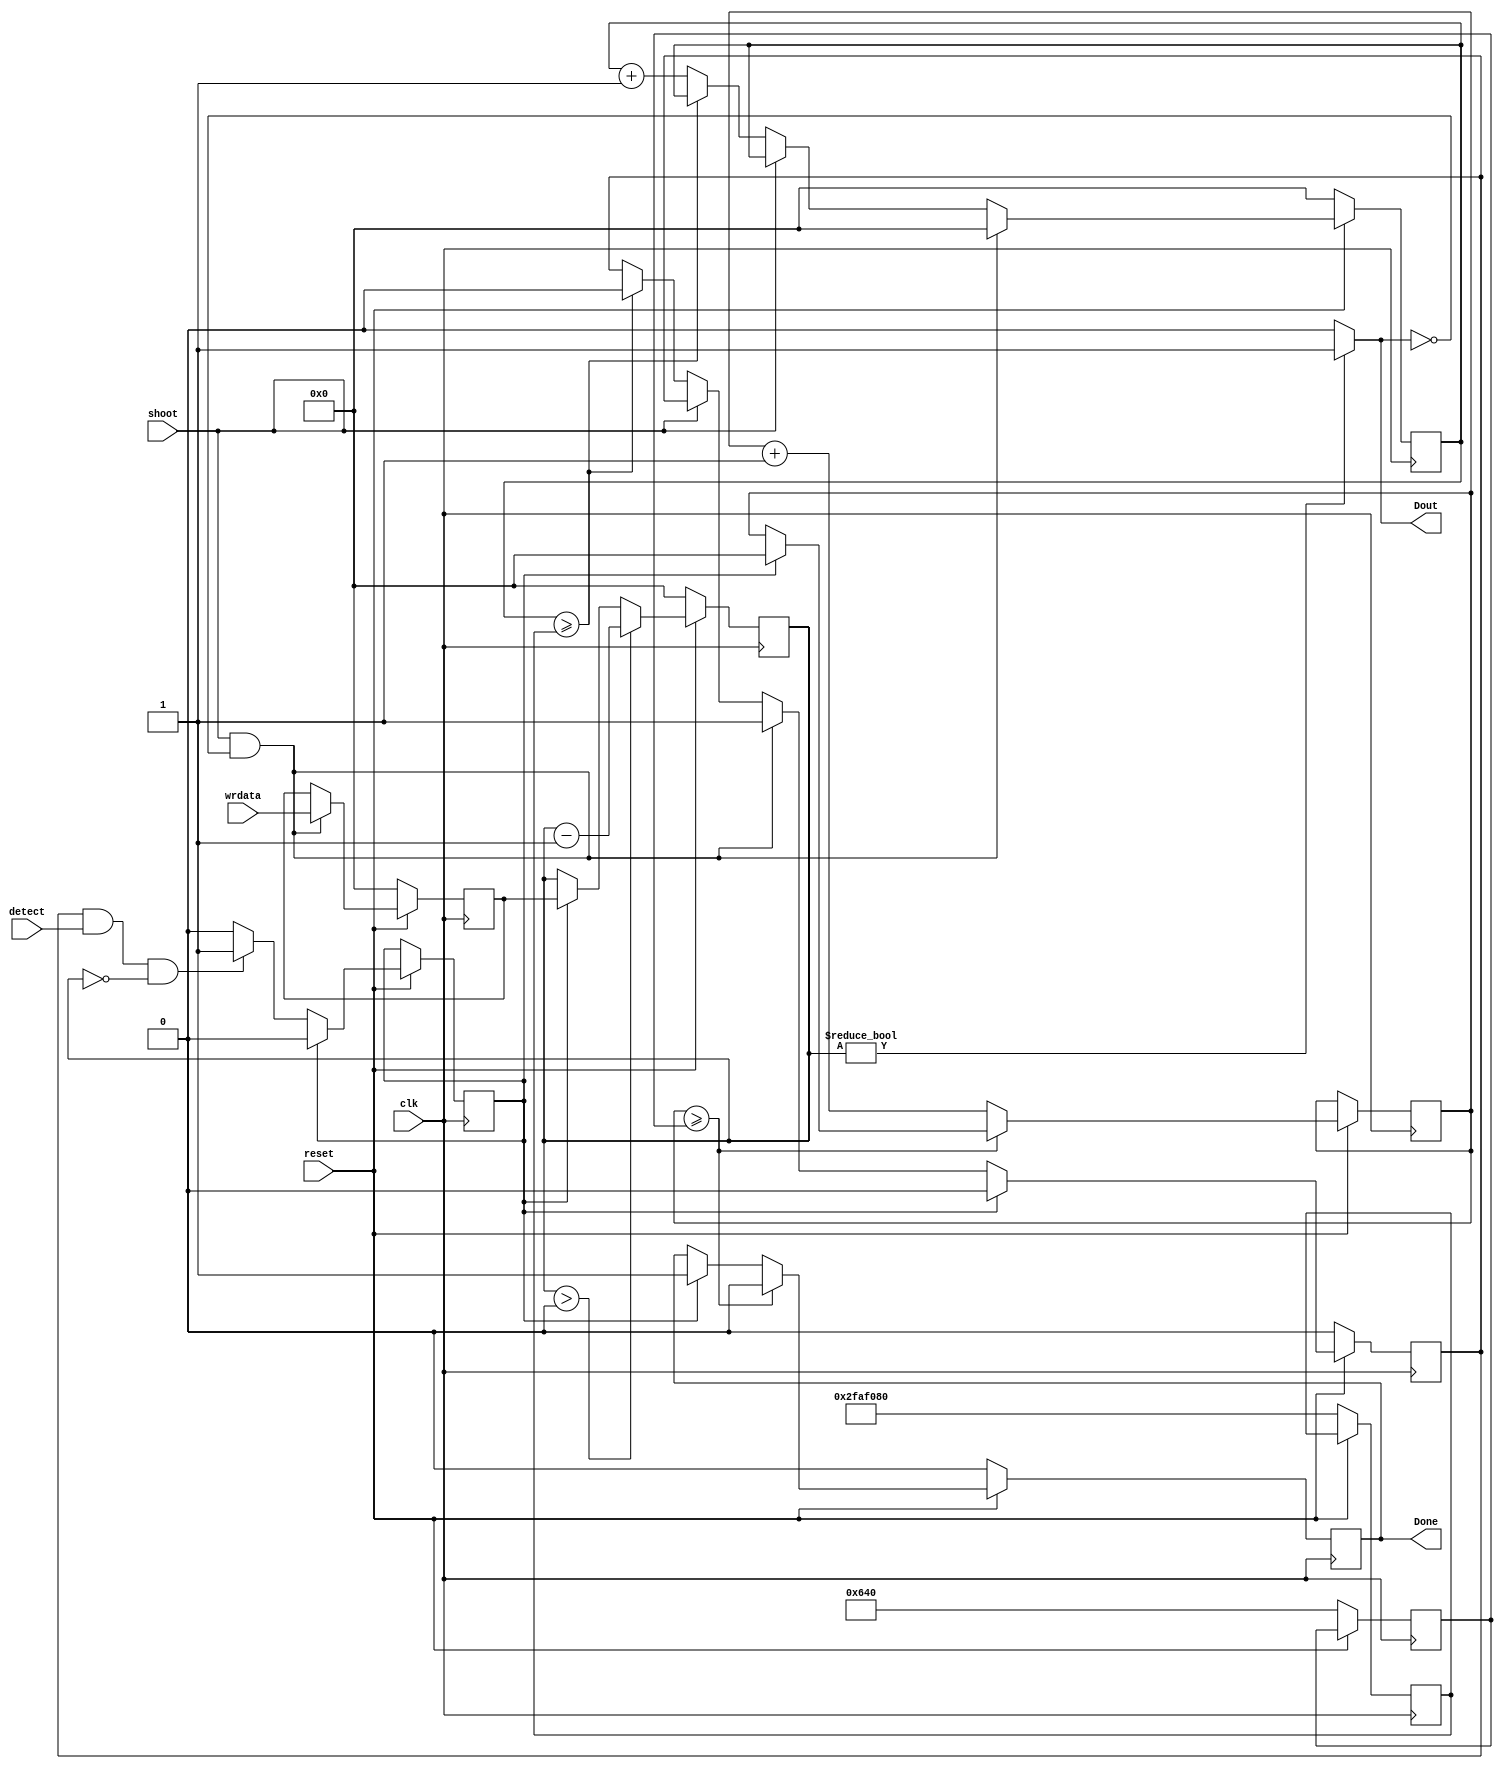
module shoot(clk,wrdata,reset,Dout,shoot,detect,Done);
input clk,reset,shoot,detect;
input [31:0]wrdata;
output Dout,Done;

reg [31:0] counter,delay,delay_set,counter_temp,delay_Done,delay_done_set;
reg shoot_flag,flag,Done;

always @(posedge clk)
begin
    if(reset==0)
    begin
        shoot_flag<=0;
        delay<=0;
        delay_set<=50000000;
        delay_done_set<=1600;
        counter<=0;
        counter_temp<=0;
        Done<=0;
    end   
    else
    begin 
        if(shoot==1&&(!Dout))
        begin
            shoot_flag<=1;
            delay<=0;
            counter_temp<=wrdata;
        end
        else if(shoot==0)
        begin
            if(delay>=delay_set) 
            begin
                shoot_flag<=0;
            end
            else delay<=delay+1;
        end
        
        if(shoot_flag&&detect&&(counter==0)) 
        begin
            flag <= 1;
        end
        else;
    
        if(flag==1) 
        begin
            counter <= counter_temp;
            flag<=0;
            shoot_flag<=0;
            Done<=1;
            delay_Done<=0;
        end
        else;
   
        if(counter > 0) 
        begin
            counter <= counter - 1;
        end
        else ;
        
        
        if(delay_Done>=delay_done_set) 
        begin
            Done<=0;
        end
        else delay_Done<=delay_Done+1;
    end
    
    
end

assign Dout = (counter)?1'b1:1'b0;

endmodule